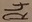
Text: R4